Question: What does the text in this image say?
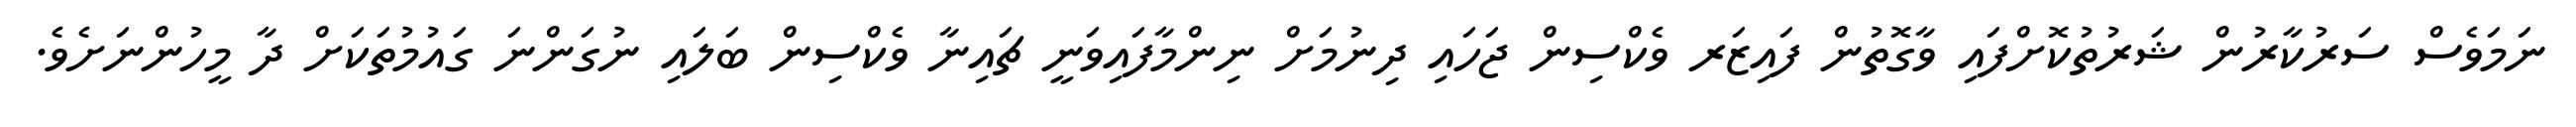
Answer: ނަމަވެސް ސަރުކާރުން ޝަރުތުކޮށްފައި ވާގޮތުން ފައިޒަރ ވެކްސިން ޖަހައި ދިނުމަށް ނިންމާފައިވަނީ ޗައިނާ ވެކްސިން ބަލައި ނުގަންނަ ގައުމުތަކަށް ދާ މީހުންނަށެވެ.